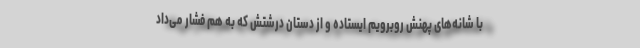
با شانه‌های پهنش روبرویم ایستاده و از دستان درشتش که به هم فشار می‌داد